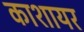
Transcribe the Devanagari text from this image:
काशायर